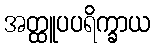
အတ္ထူပပရိက္ခာယ